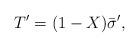
LaTeX: \begin{align*}T'=(1-X)\bar\sigma',\end{align*}